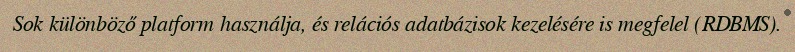
Sok különböző platform használja, és relációs adatbázisok kezelésére is megfelel (RDBMS).